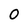
Character: 0